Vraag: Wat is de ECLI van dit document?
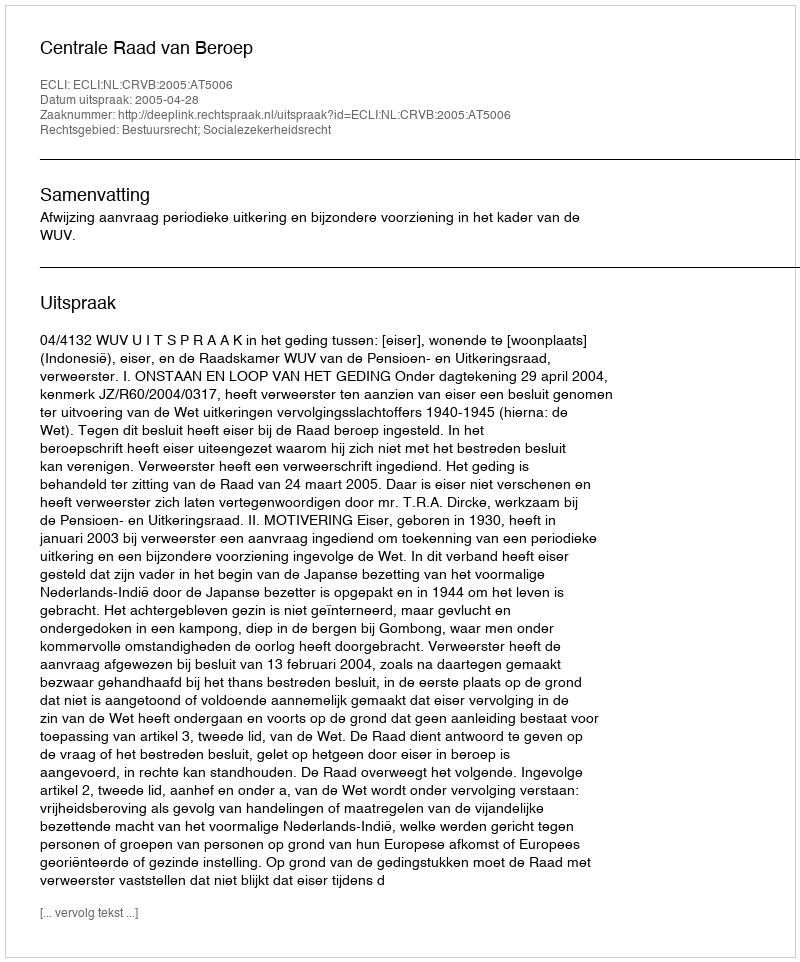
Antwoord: ECLI:NL:CRVB:2005:AT5006